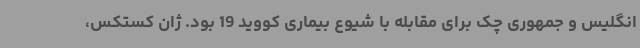
انگلیس و جمهوری چک برای مقابله با شیوع بیماری کووید 19 بود. ژان کستکس،